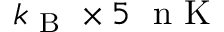
k _ { \mathrm { ~ B ~ } } \times 5 ~ \mathrm { ~ n ~ K ~ }